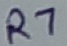
Text: R7